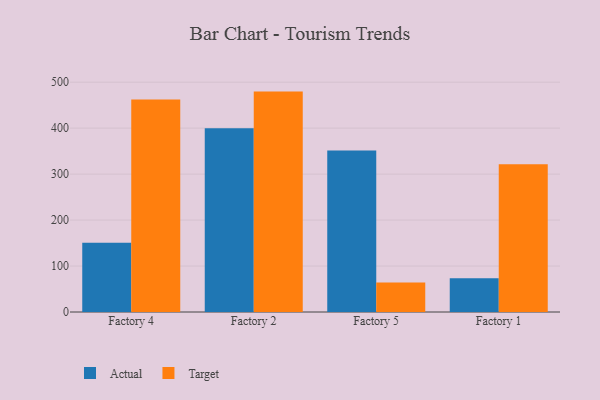
{"axis": {"x": "Factory", "y": "Inventory Turnover"}, "legend": ["Actual", "Target"], "data": [{"x": "Factory 4", "y": 150.7, "type": "Actual"}, {"x": "Factory 4", "y": 462.2, "type": "Target"}, {"x": "Factory 2", "y": 400.0, "type": "Actual"}, {"x": "Factory 2", "y": 479.5, "type": "Target"}, {"x": "Factory 5", "y": 351.2, "type": "Actual"}, {"x": "Factory 5", "y": 64.4, "type": "Target"}, {"x": "Factory 1", "y": 73.2, "type": "Actual"}, {"x": "Factory 1", "y": 321.4, "type": "Target"}]}